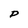
Character: P